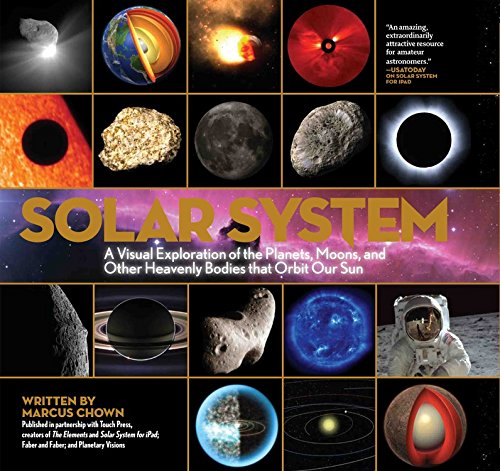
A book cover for Solar System: A Visual Exploration of All the Planets, Moons and Other Heavenly Bodies that Orbit Our Sun; Marcus Chown; Science & Math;